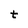
Character: t